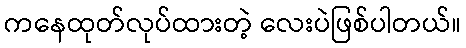
ကနေထုတ်လုပ်ထားတဲ့ လေးပဲဖြစ်ပါတယ်။